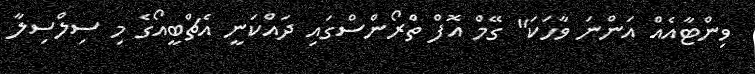
ވިންޓާއެއް އަންނަ ވާހަކަ" ގޭމް އޮފް ތްރޯންސްގައި ދައްކަނީ އެޗްބީއޯގެ މި ސިލްސިލާ